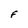
Character: F